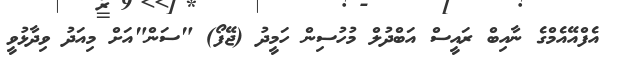
އެފްއޭއެމްގެ ނާއިބް ރައީސް އަބްދުލް މުހުސިން ހަމީދު (ޖޭފޯ) "ސަން"އަށް މިއަދު ވިދާޅުވީ